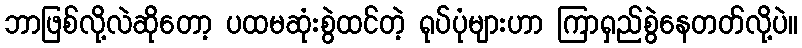
ဘာဖြစ်လို့လဲဆိုတော့ ပထမဆုံးစွဲထင်တဲ့ ရုပ်ပုံများဟာ ကြာရှည်စွဲနေတတ်လို့ပဲ။